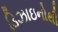
ડિઝાઇનોથી